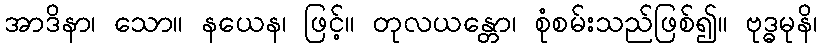
အာဒိနာ၊ သော။ နယေန၊ ဖြင့်။ တုလယန္တော၊ စုံစမ်းသည်ဖြစ်၍။ ဗုဒ္ဓမုနိ၊